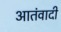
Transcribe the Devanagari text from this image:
आतंवादी